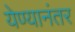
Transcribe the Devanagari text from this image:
येण्यानंतर